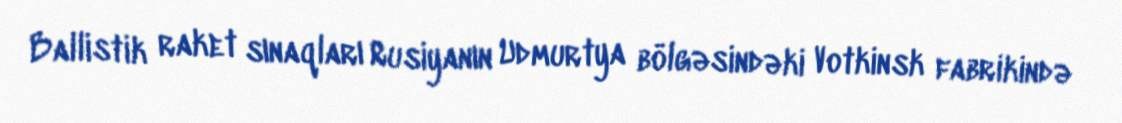
Ballistik raket sınaqları Rusiyanın Udmurtya bölgəsindəki Votkinsk fabrikində